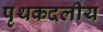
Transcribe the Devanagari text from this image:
पृथकदलीय